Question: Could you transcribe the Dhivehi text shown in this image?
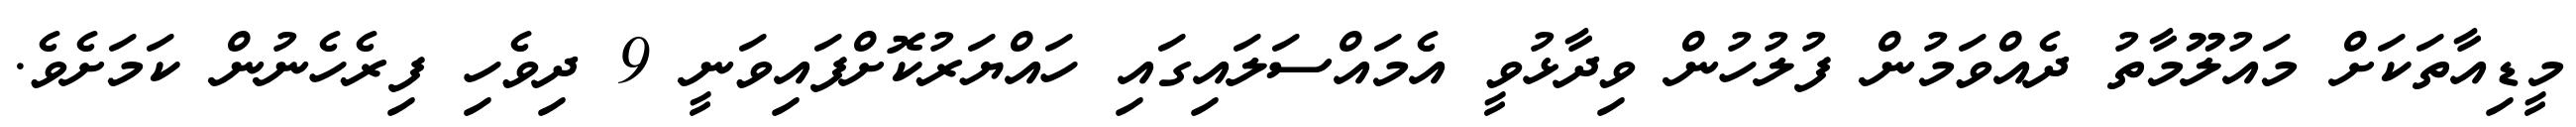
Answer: މީޑިއާތަކަށް މައުލޫމާތު ދެއްވަމުން ފުލުހުން ވިދާޅުވީ އެމައްސަލައިގައި ހައްޔަރުކޮށްފައިވަނީ 9 ދިވެހި ފިރެހެނުން ކަމަށެވެ.